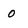
Character: 0